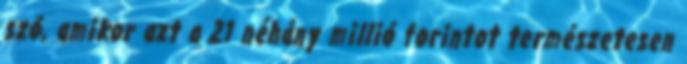
szó, amikor azt a 21 néhány millió forintot természetesen